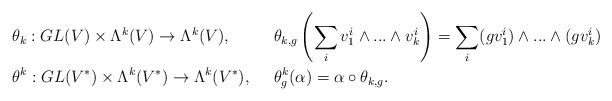
LaTeX: \begin{align*}&\theta_k:GL(V)\times \Lambda^k(V)\to \Lambda^k(V),&~~&\theta_{k,g}\left(\sum_iv_1^i\wedge ...\wedge v_k^i\right)=\sum_i(gv_1^i)\wedge ...\wedge (gv_k^i)\\ &\theta^k:GL(V^*)\times \Lambda^k(V^*)\to \Lambda^k(V^*), &~~&\theta^k_g(\alpha)=\alpha\circ \theta_{k,g}.\end{align*}